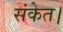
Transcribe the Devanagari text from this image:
संकेत।